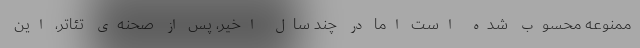
ممنوعه محسوب شده است اما در چند سال اخیر، پس از صحنه‌ی تئاتر، این